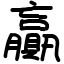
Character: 贏